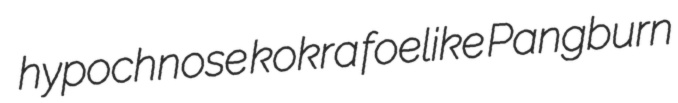
hypochnose kokra foelike Pangburn